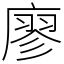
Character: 廖